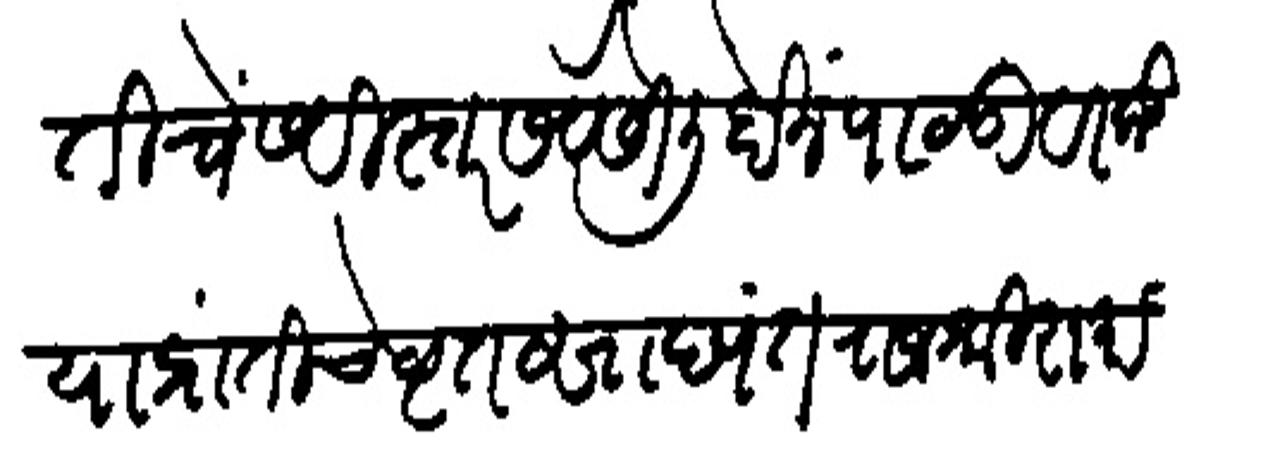
Transliteration (Devanagari): तीचें सविस्तर सेबेसी लिहोंन पाठक वरकड या प्रांतोचे बृत सादयंत राजश्री रामा